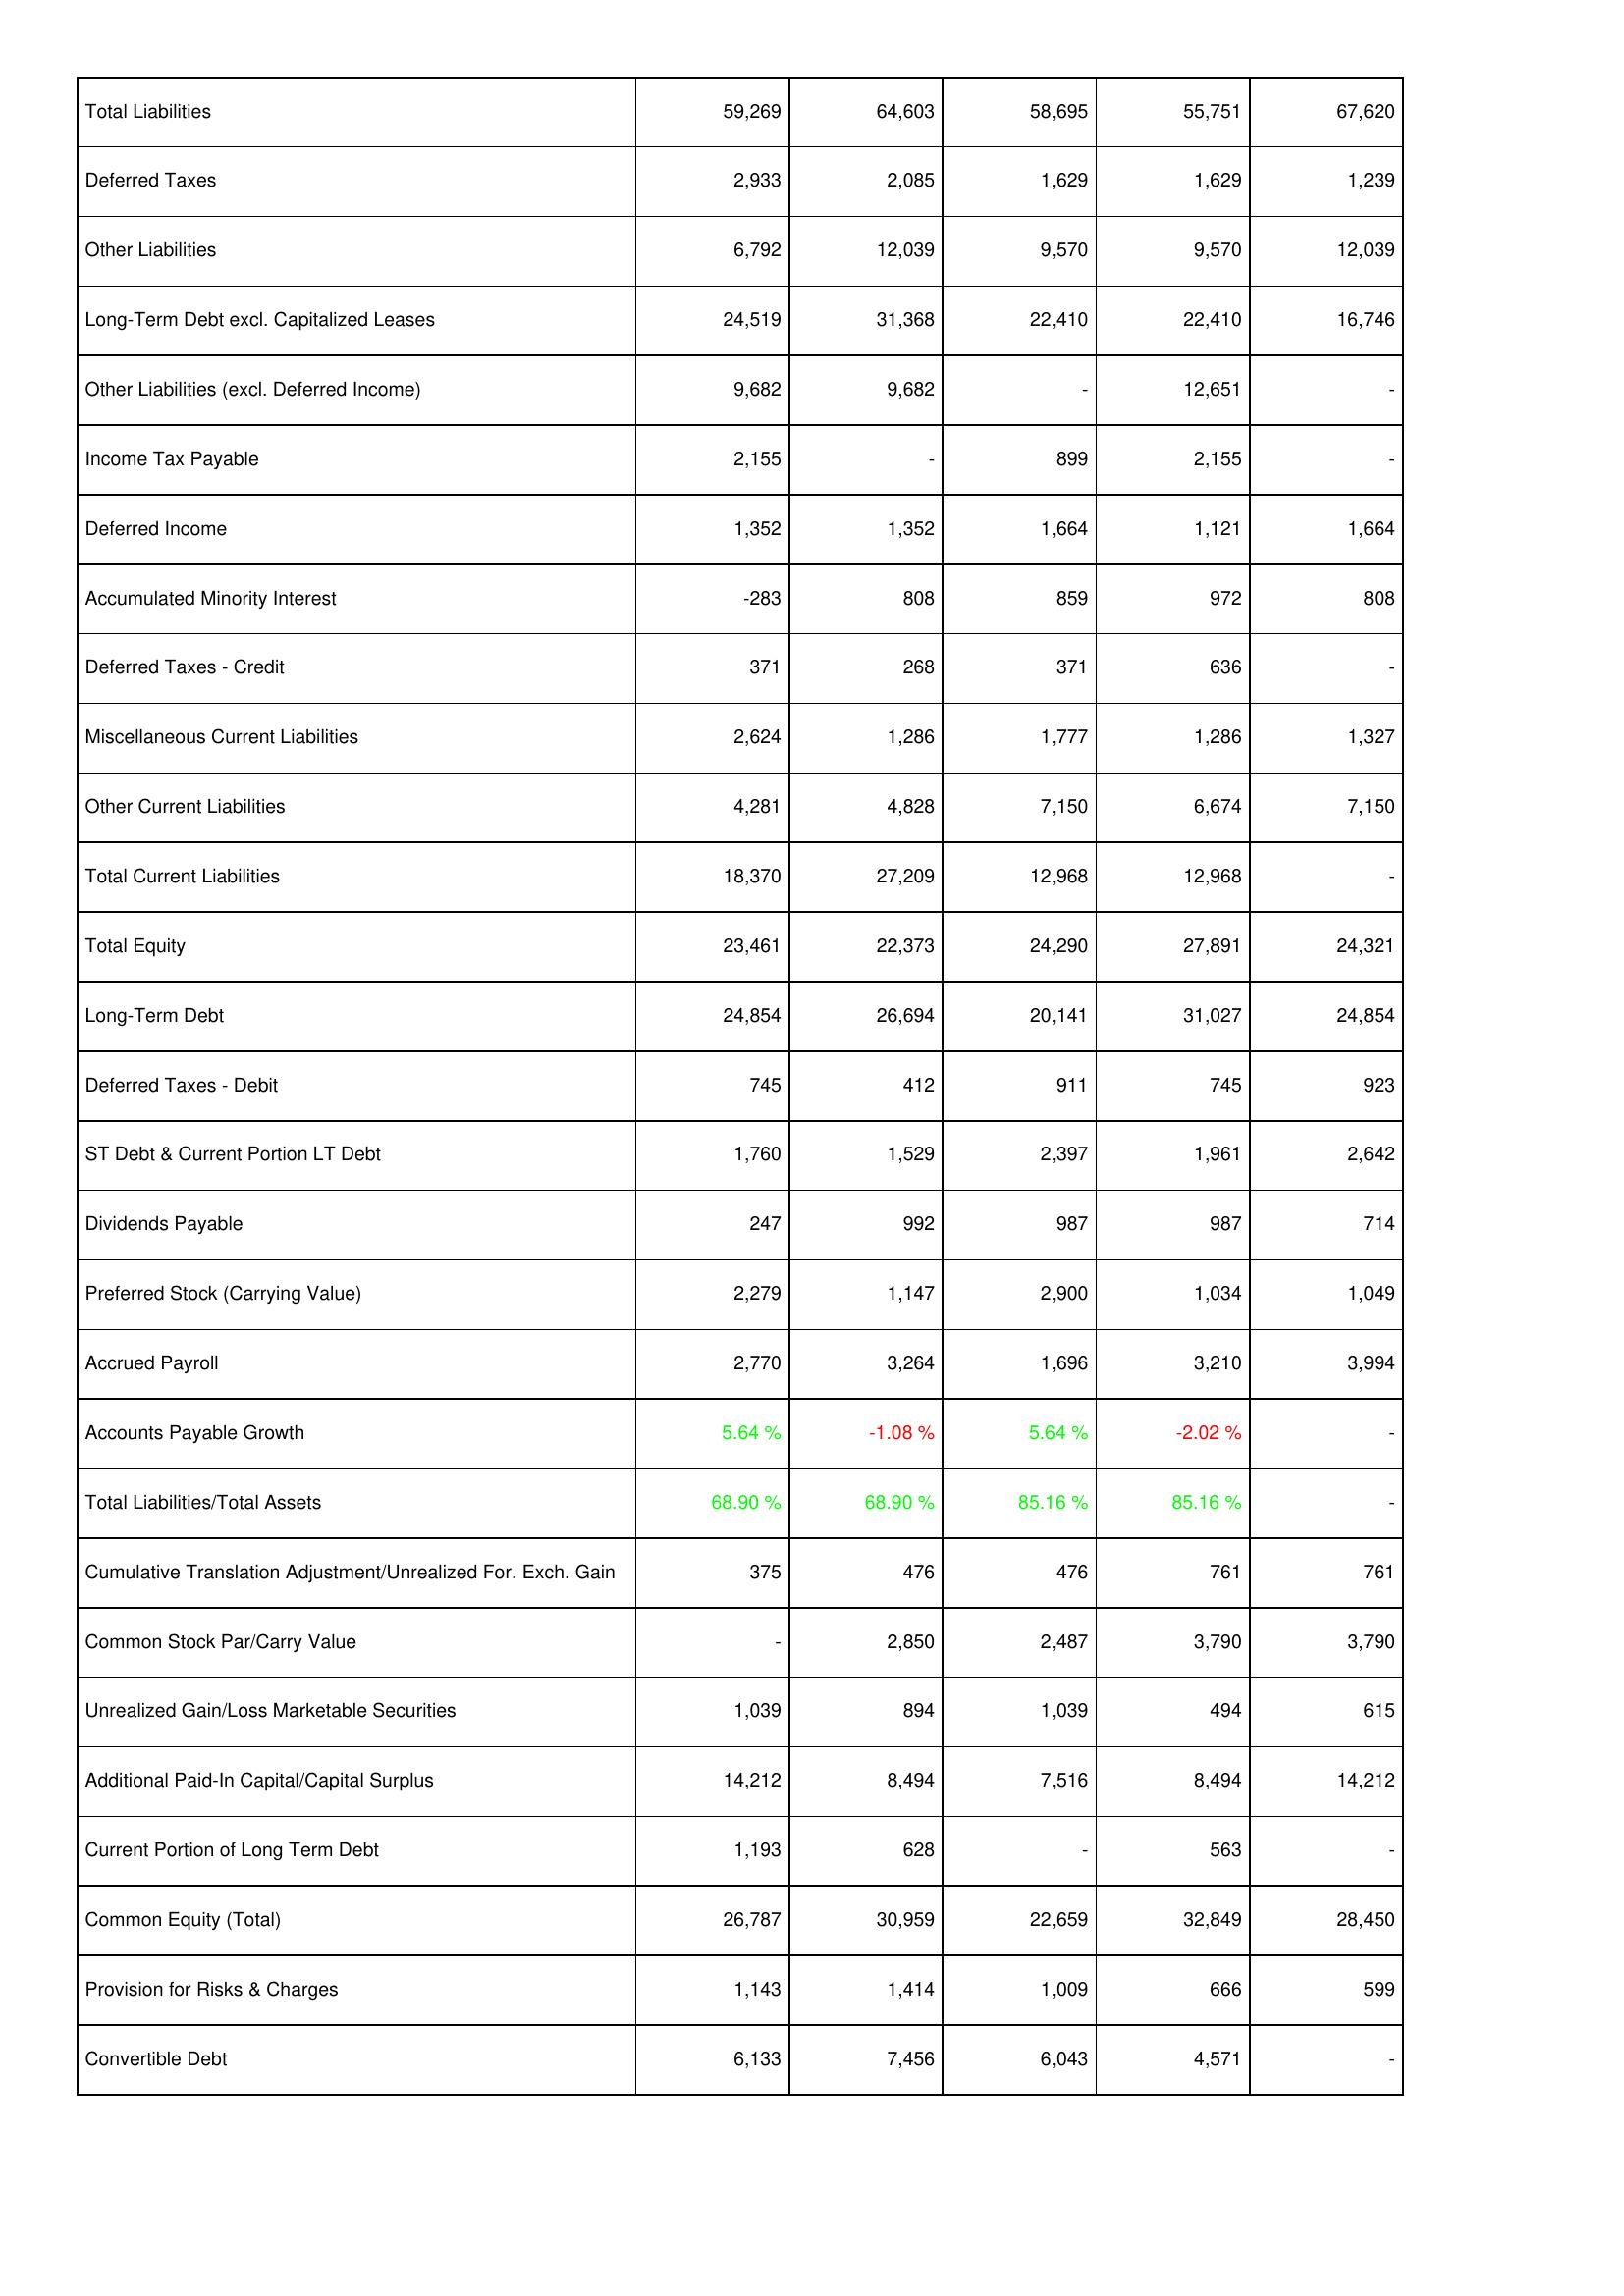
2019: Liabilities & Shareholders' Equity: Total Liabilities: 59,269
Deferred Taxes: 2,933
Other Liabilities: 6,792
Long-Term Debt excl. Capitalized Leases: 24,519
Other Liabilities (excl. Deferred Income): 9,682
Income Tax Payable: 2,155
Deferred Income: 1,352
Accumulated Minority Interest: -283
Deferred Taxes - Credit: 371
Miscellaneous Current Liabilities: 2,624
Other Current Liabilities: 4,281
Total Current Liabilities: 18,370
Total Equity: 23,461
Long-Term Debt: 24,854
Deferred Taxes - Debit: 745
ST Debt & Current Portion LT Debt: 1,760
Dividends Payable: 247
Preferred Stock (Carrying Value): 2,279
Accrued Payroll: 2,770
Accounts Payable Growth: 5.64 %
Total Liabilities/Total Assets: 68.90 %
Cumulative Translation Adjustment/Unrealized For. Exch. Gain: 375
Common Stock Par/Carry Value: -
Unrealized Gain/Loss Marketable Securities: 1,039
Additional Paid-In Capital/Capital Surplus: 14,212
Current Portion of Long Term Debt: 1,193
Common Equity (Total): 26,787
Provision for Risks & Charges: 1,143
Convertible Debt: 6,133
2020: Liabilities & Shareholders' Equity: Total Liabilities: 64,603
Deferred Taxes: 2,085
Other Liabilities: 12,039
Long-Term Debt excl. Capitalized Leases: 31,368
Other Liabilities (excl. Deferred Income): 9,682
Income Tax Payable: -
Deferred Income: 1,352
Accumulated Minority Interest: 808
Deferred Taxes - Credit: 268
Miscellaneous Current Liabilities: 1,286
Other Current Liabilities: 4,828
Total Current Liabilities: 27,209
Total Equity: 22,373
Long-Term Debt: 26,694
Deferred Taxes - Debit: 412
ST Debt & Current Portion LT Debt: 1,529
Dividends Payable: 992
Preferred Stock (Carrying Value): 1,147
Accrued Payroll: 3,264
Accounts Payable Growth: -1.08 %
Total Liabilities/Total Assets: 68.90 %
Cumulative Translation Adjustment/Unrealized For. Exch. Gain: 476
Common Stock Par/Carry Value: 2,850
Unrealized Gain/Loss Marketable Securities: 894
Additional Paid-In Capital/Capital Surplus: 8,494
Current Portion of Long Term Debt: 628
Common Equity (Total): 30,959
Provision for Risks & Charges: 1,414
Convertible Debt: 7,456
2021: Liabilities & Shareholders' Equity: Total Liabilities: 58,695
Deferred Taxes: 1,629
Other Liabilities: 9,570
Long-Term Debt excl. Capitalized Leases: 22,410
Other Liabilities (excl. Deferred Income): -
Income Tax Payable: 899
Deferred Income: 1,664
Accumulated Minority Interest: 859
Deferred Taxes - Credit: 371
Miscellaneous Current Liabilities: 1,777
Other Current Liabilities: 7,150
Total Current Liabilities: 12,968
Total Equity: 24,290
Long-Term Debt: 20,141
Deferred Taxes - Debit: 911
ST Debt & Current Portion LT Debt: 2,397
Dividends Payable: 987
Preferred Stock (Carrying Value): 2,900
Accrued Payroll: 1,696
Accounts Payable Growth: 5.64 %
Total Liabilities/Total Assets: 85.16 %
Cumulative Translation Adjustment/Unrealized For. Exch. Gain: 476
Common Stock Par/Carry Value: 2,487
Unrealized Gain/Loss Marketable Securities: 1,039
Additional Paid-In Capital/Capital Surplus: 7,516
Current Portion of Long Term Debt: -
Common Equity (Total): 22,659
Provision for Risks & Charges: 1,009
Convertible Debt: 6,043
2022: Liabilities & Shareholders' Equity: Total Liabilities: 55,751
Deferred Taxes: 1,629
Other Liabilities: 9,570
Long-Term Debt excl. Capitalized Leases: 22,410
Other Liabilities (excl. Deferred Income): 12,651
Income Tax Payable: 2,155
Deferred Income: 1,121
Accumulated Minority Interest: 972
Deferred Taxes - Credit: 636
Miscellaneous Current Liabilities: 1,286
Other Current Liabilities: 6,674
Total Current Liabilities: 12,968
Total Equity: 27,891
Long-Term Debt: 31,027
Deferred Taxes - Debit: 745
ST Debt & Current Portion LT Debt: 1,961
Dividends Payable: 987
Preferred Stock (Carrying Value): 1,034
Accrued Payroll: 3,210
Accounts Payable Growth: -2.02 %
Total Liabilities/Total Assets: 85.16 %
Cumulative Translation Adjustment/Unrealized For. Exch. Gain: 761
Common Stock Par/Carry Value: 3,790
Unrealized Gain/Loss Marketable Securities: 494
Additional Paid-In Capital/Capital Surplus: 8,494
Current Portion of Long Term Debt: 563
Common Equity (Total): 32,849
Provision for Risks & Charges: 666
Convertible Debt: 4,571
2023: Liabilities & Shareholders' Equity: Total Liabilities: 67,620
Deferred Taxes: 1,239
Other Liabilities: 12,039
Long-Term Debt excl. Capitalized Leases: 16,746
Other Liabilities (excl. Deferred Income): -
Income Tax Payable: -
Deferred Income: 1,664
Accumulated Minority Interest: 808
Deferred Taxes - Credit: -
Miscellaneous Current Liabilities: 1,327
Other Current Liabilities: 7,150
Total Current Liabilities: -
Total Equity: 24,321
Long-Term Debt: 24,854
Deferred Taxes - Debit: 923
ST Debt & Current Portion LT Debt: 2,642
Dividends Payable: 714
Preferred Stock (Carrying Value): 1,049
Accrued Payroll: 3,994
Accounts Payable Growth: -
Total Liabilities/Total Assets: -
Cumulative Translation Adjustment/Unrealized For. Exch. Gain: 761
Common Stock Par/Carry Value: 3,790
Unrealized Gain/Loss Marketable Securities: 615
Additional Paid-In Capital/Capital Surplus: 14,212
Current Portion of Long Term Debt: -
Common Equity (Total): 28,450
Provision for Risks & Charges: 599
Convertible Debt: -